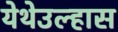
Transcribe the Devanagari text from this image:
येथेउल्हास